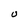
Character: U